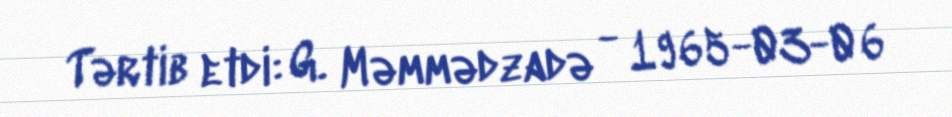
Tərtib etdi: G. Məmmədzadə - 1965-03-06